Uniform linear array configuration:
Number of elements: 48
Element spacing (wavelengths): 0.75
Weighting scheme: blackman
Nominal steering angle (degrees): -60
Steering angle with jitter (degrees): -61.361
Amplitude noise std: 0.05
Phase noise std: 0.05

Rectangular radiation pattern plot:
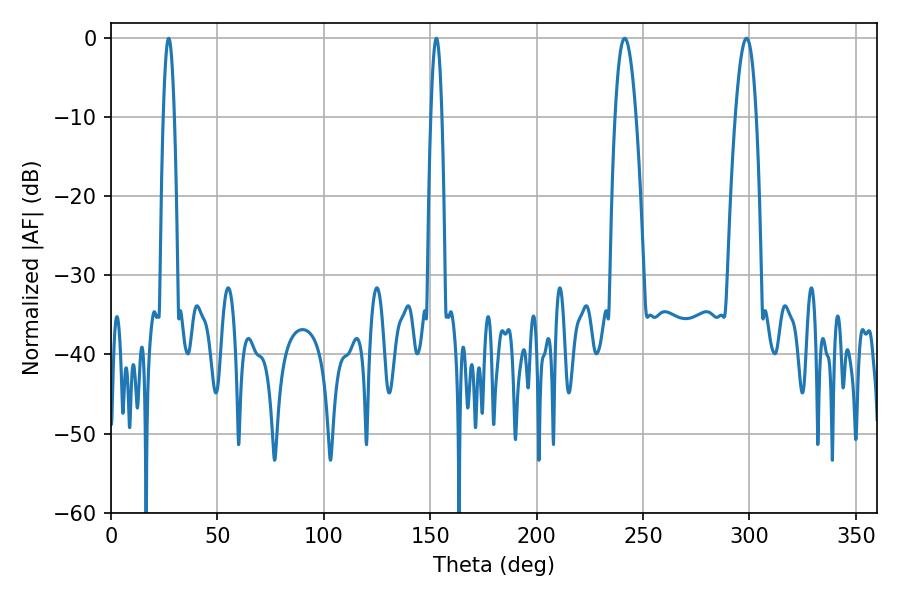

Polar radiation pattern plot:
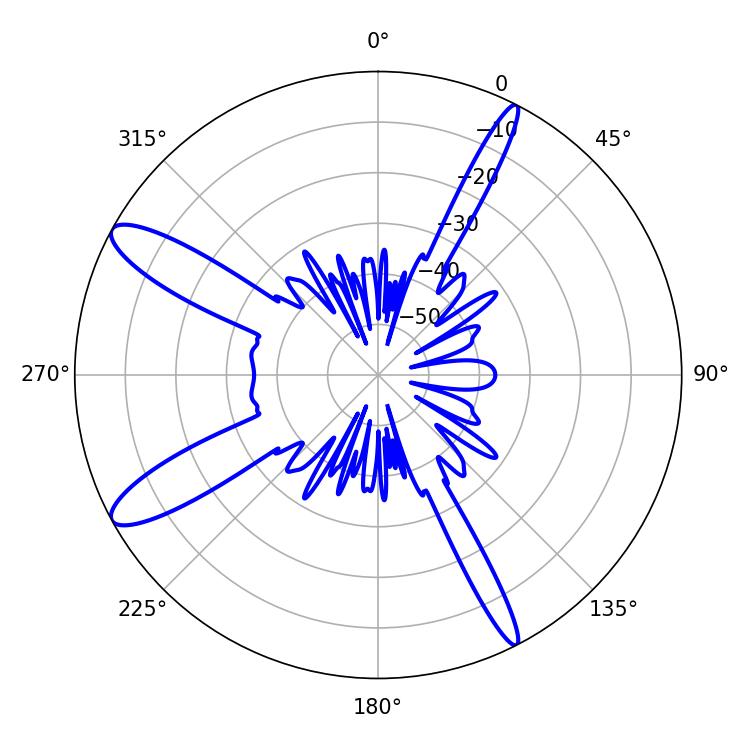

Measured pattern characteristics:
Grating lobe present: TRUE
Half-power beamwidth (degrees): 5.4
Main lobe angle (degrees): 241.38